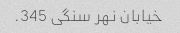
خیابان نهر سنگی 345.